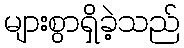
များစွာရှိခဲ့သည်